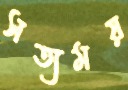
সত্যময়